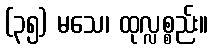
(၃၅) မသေ၊ ထုလ္လစ္စည်း။